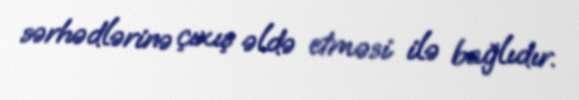
sərhədlərinə çıxış əldə etməsi ilə bağlıdır.